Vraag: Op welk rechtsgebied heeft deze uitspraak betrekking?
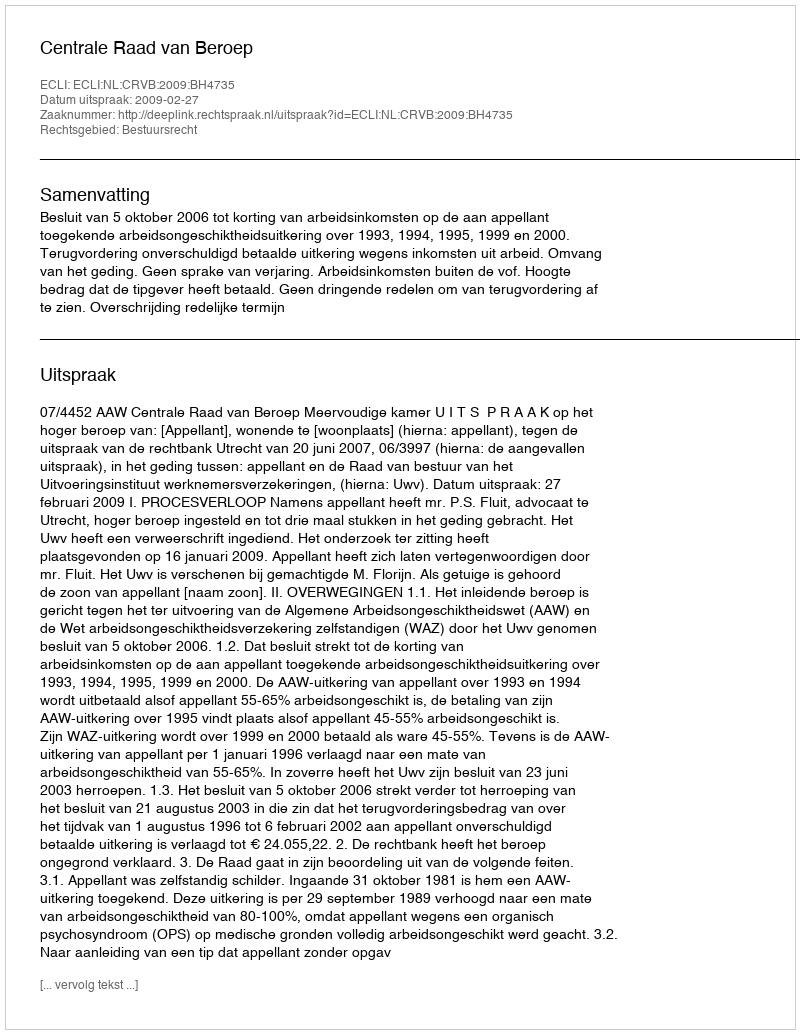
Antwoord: Bestuursrecht